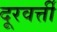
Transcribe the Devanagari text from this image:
दूरवर्त्ती